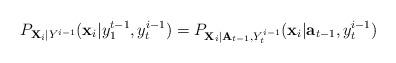
LaTeX: \begin{align*} P_{ {\bf X}_i| Y^{i-1}}( {\bf x}_i| y_1^{t-1}, y_t^{i-1}) = P_{ {\bf X}_i| {\bf A}_{t-1}, Y_t^{i-1}}( {\bf x}_i| {\bf a}_{t-1}, y_t^{i-1}) \end{align*}